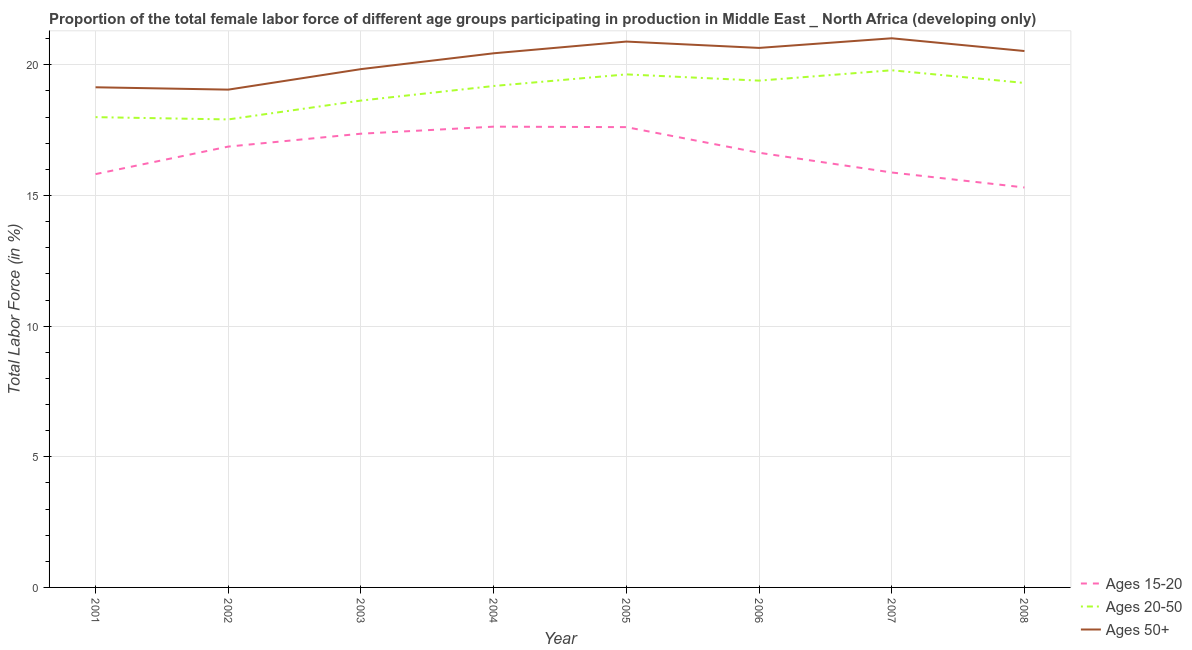
| Year | Ages 15-20 | Ages 20-50 | Ages 50+ |
 | --- | --- | --- | --- |
 | 2001 | 15.8 | 18 | 19.1 |
 | 2002 | 16.9 | 17.9 | 19.1 |
 | 2003 | 17.4 | 18.6 | 19.8 |
 | 2004 | 17.6 | 19.2 | 20.4 |
 | 2005 | 17.6 | 19.6 | 20.9 |
 | 2006 | 16.6 | 19.4 | 20.6 |
 | 2007 | 15.9 | 19.8 | 21 |
 | 2008 | 15.3 | 19.3 | 20.5 |